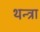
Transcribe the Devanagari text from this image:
थन्त्रा